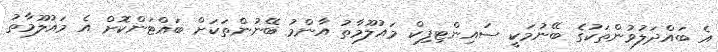
އެ ބައްދަލުވުންތަކުގެ ބޭނުމަކީ ސައިންޓިފިކް މައުލޫމާތު އާންމު ބޭނުންތަކަށް ބައްޓަންކޮށް އެ މައުލޫމާތު